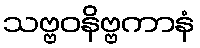
သဗ္ဗဝနိဗ္ဗကာနံ